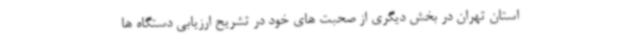
استان تهران در بخش دیگری از صحبت های خود در تشریح ارزیابی دستگاه ها